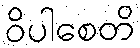
ဝိပါစေတိ